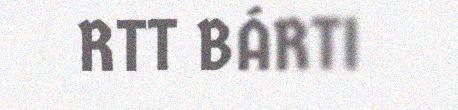
RTT BÁRTI